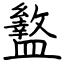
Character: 盭